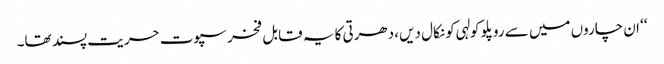
‘‘ ان چاروں میں سے روپلو کولہی کو نکال دیں، دھرتی کا یہ قابل فخر سپوت حریت پسند تھا۔